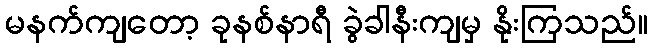
မနက်ကျတော့ ခုနစ်နာရီ ခွဲခါနီးကျမှ နိုးကြသည်။